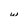
Character: w